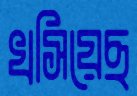
খসিয়েছ